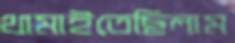
থামাইতেছিলাম